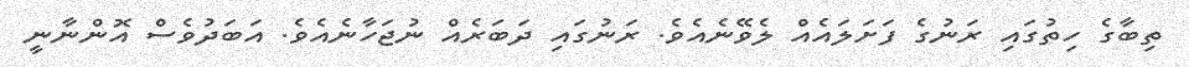
ތިބާގެ ހިތުގައި ރަނުގެ ފަށަލައެއް ލެވޭނެއެވެ. ރަނުގައި ދަބަރެއް ނުޖަހާނެއެވެ. އަބަދުވެސް އޮންނާނީ